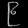
Digit: ၉